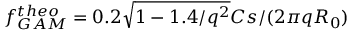
f _ { G A M } ^ { t h e o } = 0 . 2 \sqrt { 1 - 1 . 4 / q ^ { 2 } } C s / ( 2 \pi q R _ { 0 } )